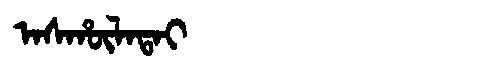
Manchu: ᠠᠰᡥᡡᠯᠠᡨᠠᡳ
Romanization: ASHŪLATAI